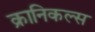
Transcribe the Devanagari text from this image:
क्रानिकल्स